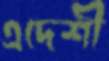
এদেশী